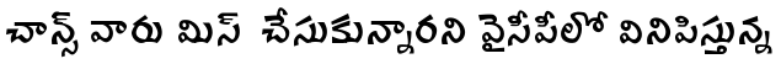
చాన్స్ వారు మిస్ చేసుకున్నారని వైసీపీలో వినిపిస్తున్న